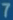
7